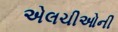
એલચીઓની